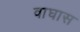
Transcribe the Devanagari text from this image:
वाघास